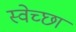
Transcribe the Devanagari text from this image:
स्‍वेच्‍छा